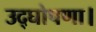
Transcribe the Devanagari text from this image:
उद्घोषणा।